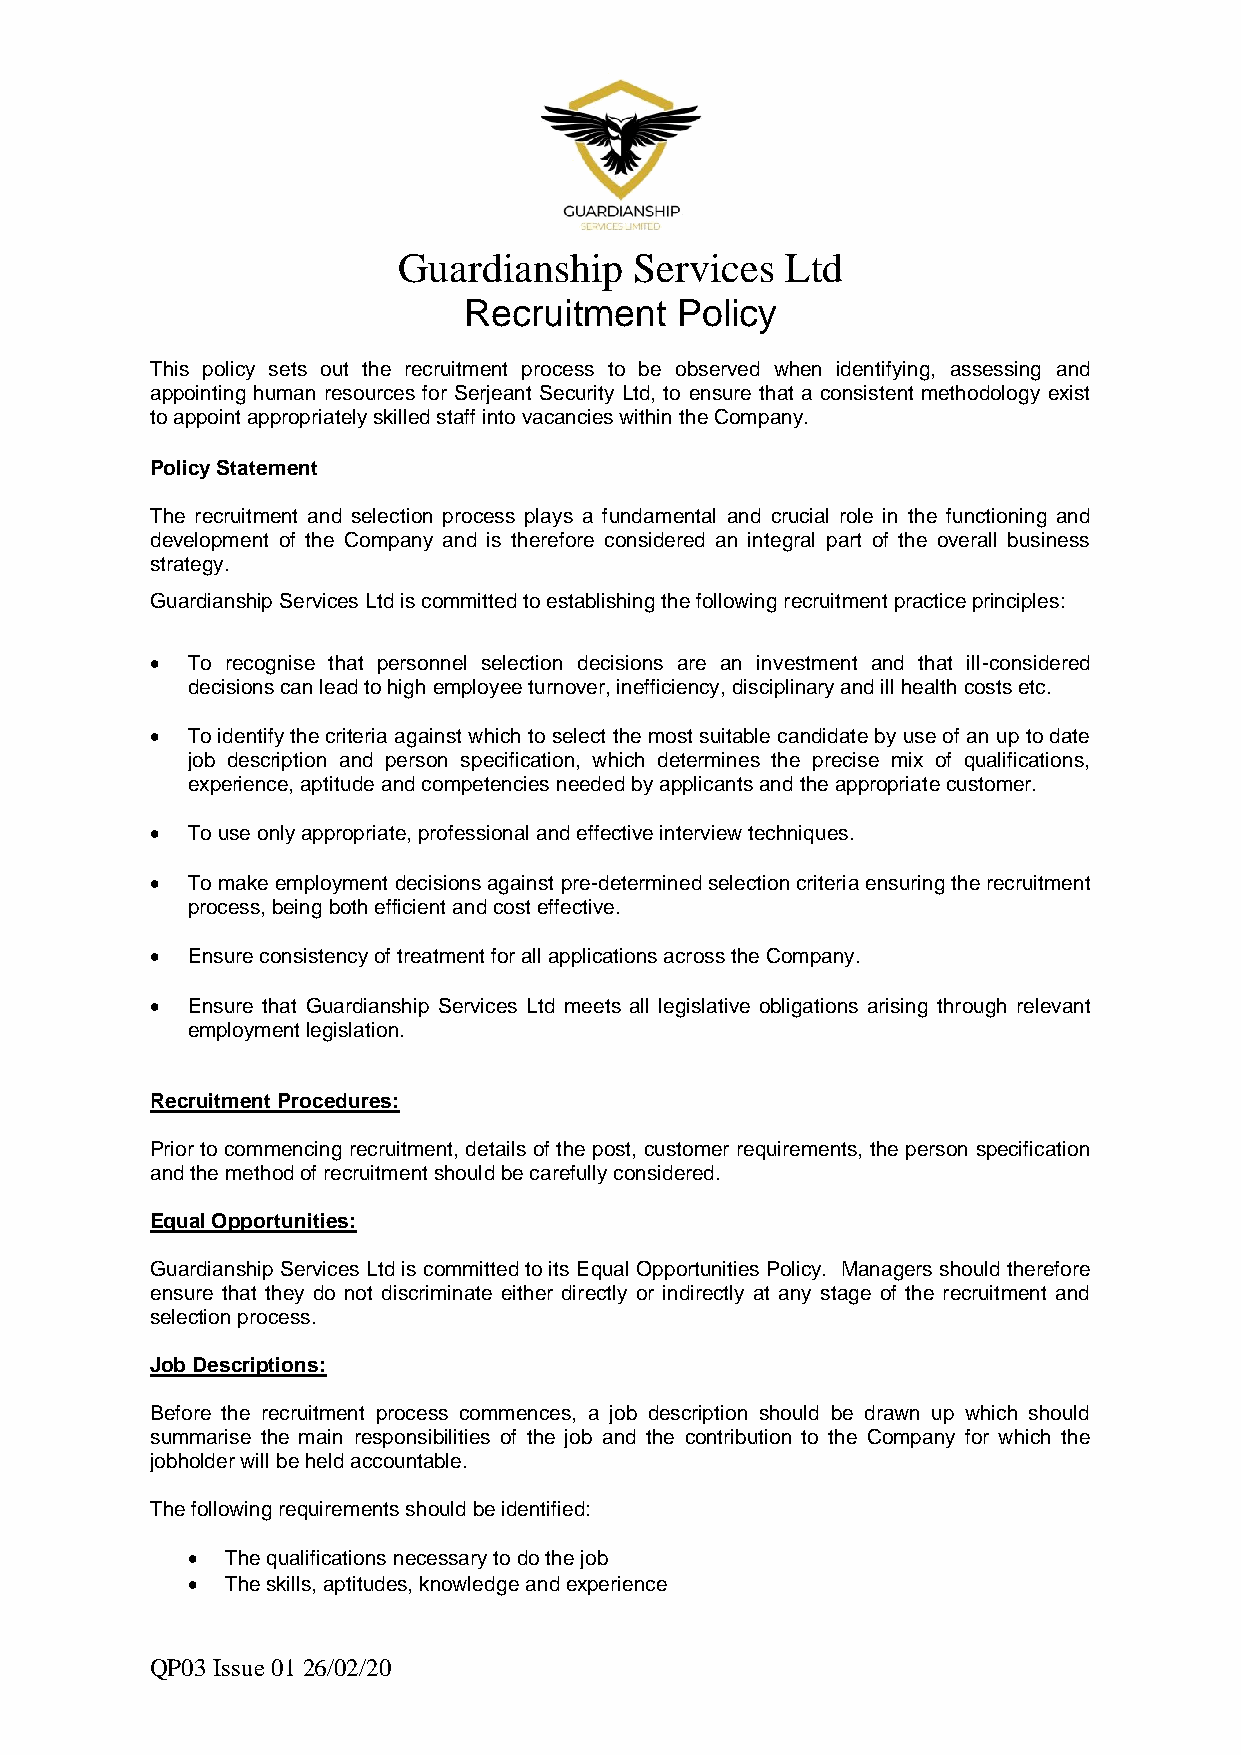
Guardianship    Services  Ltd
 Recruitment   Policy
 This policy sets out the recruitment process to be observed when identifying, assessing and
 appointing human resources for Serjeant Security Ltd, to ensure that a consistent methodology exist
 to appoint appropriately skilled staff into vacancies within the Company.
 Policy Statement
 The recruitment and selection process plays a fundamental and crucial role in the functioning and
 development of the Company and is therefore considered an integral part of the overall business
 strategy.
 Guardianship Services Ltd is committed to establishing the following recruitment practice principles:
 • To recognise that personnel selection decisions are an investment and that ill-considered
 decisions can lead to high employee turnover, inefficiency, disciplinary and ill health costs etc.
 • To identify the criteria against which to select the most suitable candidate by use of an up to date
 job description and person specification, which determines the precise mix of qualifications,
 experience, aptitude and competencies needed by applicants and the appropriate customer.
 • To use only appropriate, professional and effective interview techniques.
 • To make employment decisions against pre-determined selection criteria ensuring the recruitment
 process, being both efficient and cost effective.
 • Ensure consistency of treatment for all applications across the Company.
 • Ensure that Guardianship Services Ltd meets all legislative obligations arising through relevant
 employment legislation.
 Recruitment Procedures:
 Prior to commencing recruitment, details of the post, customer requirements, the person specification
 and the method of recruitment should be carefully considered.
 Equal Opportunities:
 Guardianship Services Ltd is committed to its Equal Opportunities Policy. Managers should therefore
 ensure that they do not discriminate either directly or indirectly at any stage of the recruitment and
 selection process.
 Job Descriptions:
 Before the recruitment process commences, a job description should be drawn up which should
 summarise the main responsibilities of the job and the contribution to the Company for which the
 jobholder will be held accountable.
 The following requirements should be identified:
 •  The qualifications necessary to do the job
 •  The skills, aptitudes, knowledge and experience
 QP03 Issue 01 26/02/20